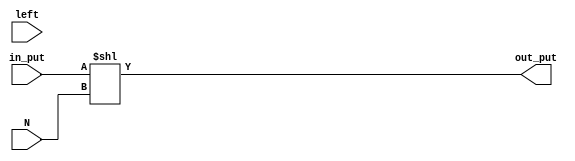
module shift(out_put,in_put,left,N);
output reg [31:0]out_put;
input  [31:0]in_put,N;
input  left;

integer i=0;
//assign out_put=left?{in_put[30:0],1'b0}:{1'b0,in_put[31:1]};
always@(*)

/* if(left)begin
for(i=0;i<=N;i=i+1)
 out_put={in_put[30:0],1'b0};end */
out_put=in_put<<N;
endmodule

module t_shift;
wire [31:0]out_put;
reg  [31:0]in_put,N;
reg  left;
shift m(out_put,in_put,left,N);
initial begin 
in_put=32'd1; left=1;N=32'd5;
end
endmodule